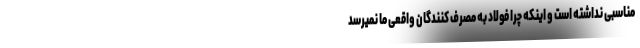
مناسبی نداشته است و اینکه چرا فولاد به مصرف کنندگان واقعی ما نمیرسد